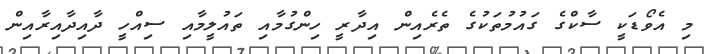
މި އެވޯޑަކީ ސާކްގެ ގައުމުތަކުގެ ތެރެއިން އިދާރީ ހިންގުމާއި ތައުލީމާއި ސިއްހީ ދާއިދާއިރާއިން